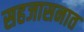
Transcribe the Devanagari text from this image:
सहजासनात